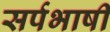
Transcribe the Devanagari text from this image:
सर्पभाषी